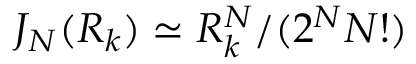
J _ { N } ( R _ { k } ) \simeq R _ { k } ^ { N } / ( 2 ^ { N } { N ! } )